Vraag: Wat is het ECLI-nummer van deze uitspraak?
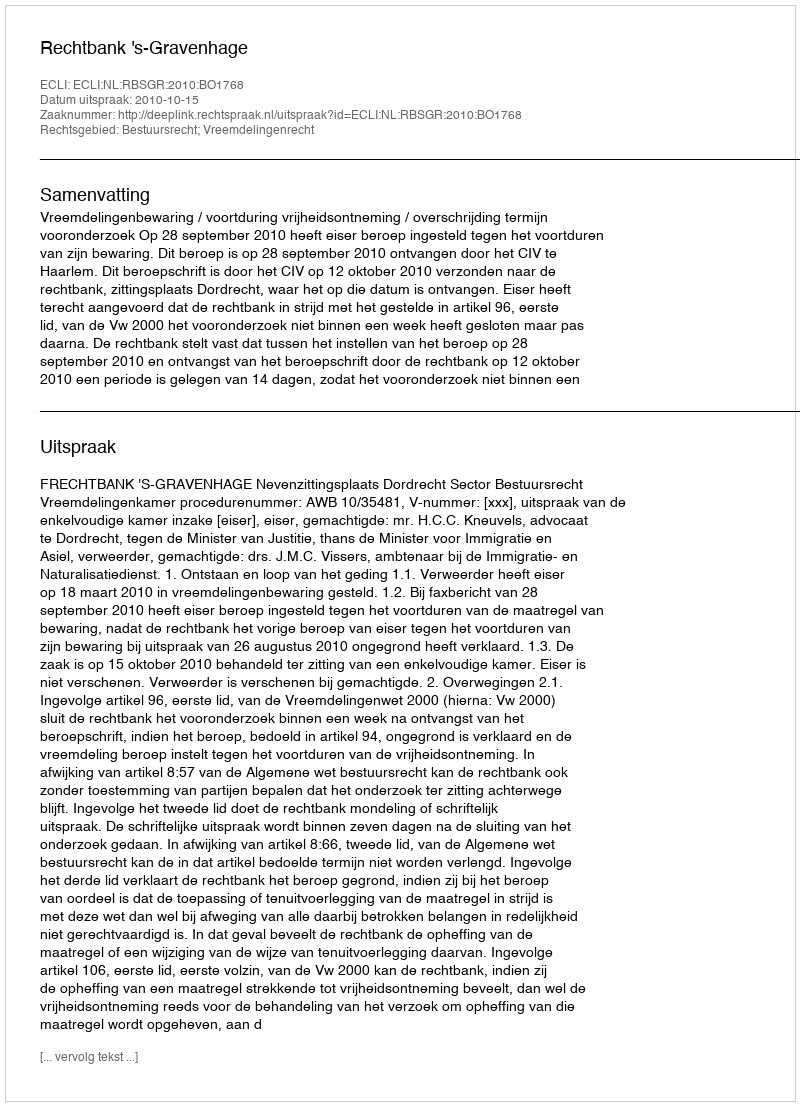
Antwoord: ECLI:NL:RBSGR:2010:BO1768